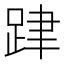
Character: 𨀞